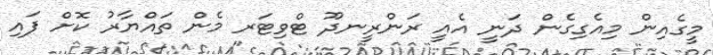
މީގެއިން މިއެގިގެން ދަނީ އެއީ ރަންރީނދޫ ޓްވިޓަރ މެން ތައްޔާރު ކޮށް ފައި